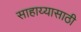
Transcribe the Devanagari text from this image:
साहाय्यासाठी